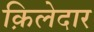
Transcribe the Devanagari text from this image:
क़िलेदार